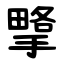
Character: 㨼